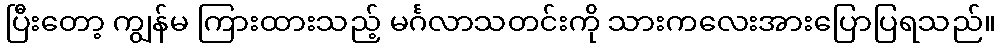
ပြီးတော့ ကျွန်မ ကြားထားသည့် မင်္ဂလာသတင်းကို သားကလေးအားပြောပြရသည်။